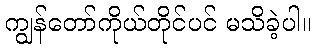
ကျွန်တော်ကိုယ်တိုင်ပင် မသိခဲ့ပါ။